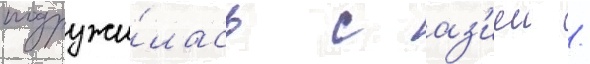
подружи́лась с аз'иеи /